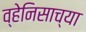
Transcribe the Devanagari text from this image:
व्हेनिसाच्या